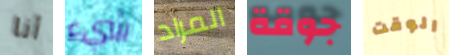
أنا شيء المراد جوقة الوقت